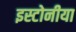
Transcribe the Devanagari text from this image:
इस्टोनीया